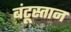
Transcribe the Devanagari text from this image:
बंटूस्तान